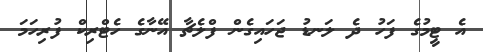
އެ ޓީމުގެ ފަހު ދެ ލަނޑު ޖަހައިގެން ފްލެޗާ އޭނާގެ ހެޓްރިކް ފުރިހަމަ